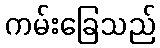
ကမ်းခြေသည်